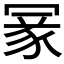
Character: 𠖔